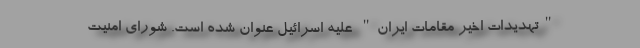
"تهدیدات اخیر مقامات ایران" علیه اسرائیل عنوان شده است. شورای امنیت